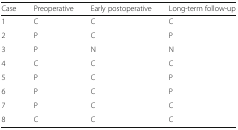
| Case | Preoperative | Early postoperative | Long-term follow-up |
 | --- | --- | --- | --- |
 | 1 | C | C | C |
 | 2 | P | C | P |
 | 3 | P | N | N |
 | 4 | C | C | C |
 | 5 | P | C | P |
 | 6 | P | C | P |
 | 7 | P | C | C |
 | 8 | C | C | C |